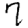
Digit: 7